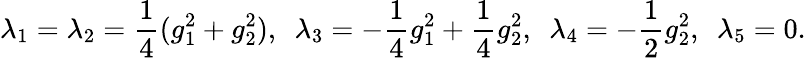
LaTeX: \lambda_{1}=\lambda_{2}={\frac{1}{4}}(g_{1}^{2}+g_{2}^{2}),~~\lambda_{3}=-{\frac{1}{4}}g_{1}^{2}+{\frac{1}{4}}g_{2}^{2},~~\lambda_{4}=-{\frac{1}{2}}g_{2}^{2},{}~~\lambda_{5}=0.